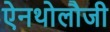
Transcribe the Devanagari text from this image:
ऐनथोलौजी